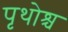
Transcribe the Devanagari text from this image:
पृथोश्च